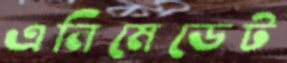
এনিমেডেট